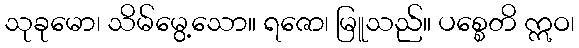
သုခုမော၊ သိမ်မွေ့သော။ ရဇော၊ မြူသည်။ ပစ္စေတိ ဣဝ၊